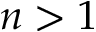
n > 1